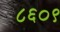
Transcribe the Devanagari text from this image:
८६०९